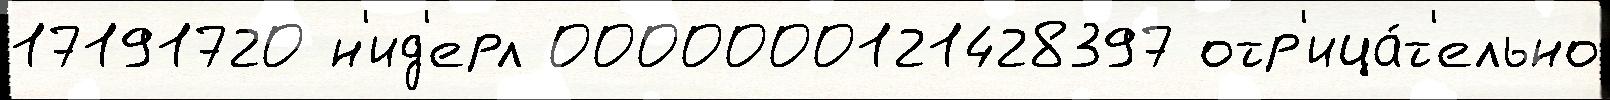
17191720 н'ид'ерл 0000000121428397 отр'ица́т'ельно